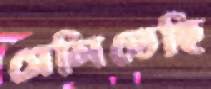
মেলিতেছি